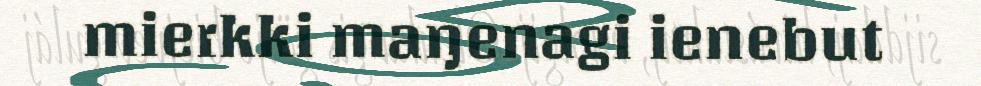
mierkki maŋenagi ienebut